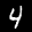
Label: 4